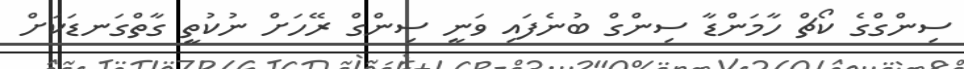
ސިންގްގެ ކޯޗް ހާމަންޑާ ސިންގް ބުނެފައި ވަނީ ސިންގް ރޭހަށް ނުކުތީ ގާތްގަނޑަކަށް